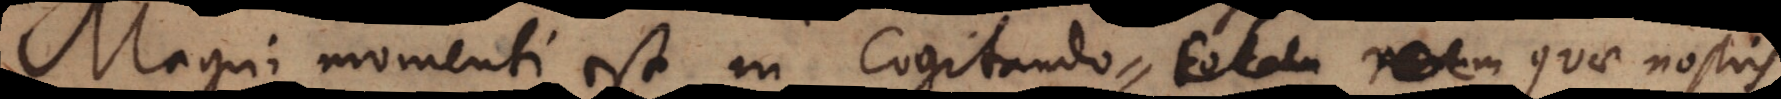
Magni momenti est in Cogitando totam rerum quae nostris